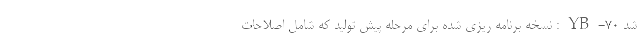
شد YB-70: نسخه برنامه ریزی شده برای مرحله پیش تولید که شامل اصلاحات